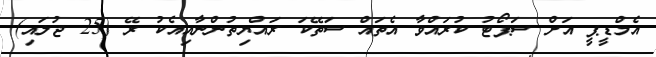
އެމްޑީޕީ އަށް ސަޕޯޓު ކުރައްވާ އެތައް ސަތޭކަ ރައްޔިތުންނާއިއެކު ރޭ (25 ޖުލައި)